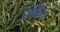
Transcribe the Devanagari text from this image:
।।श्री।।